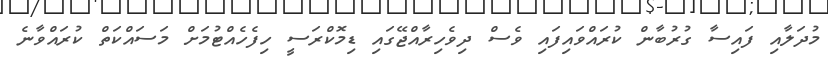
މުދަލާއި ފައިސާ ގުރުބާން ކުރައްވައިފައި ވެސް ދިވެހިރާއްޖޭގައި ޑިމޮކްރަސީ ހިފެހެއްޓުމަށް މަސައްކަތް ކުރައްވާނެ